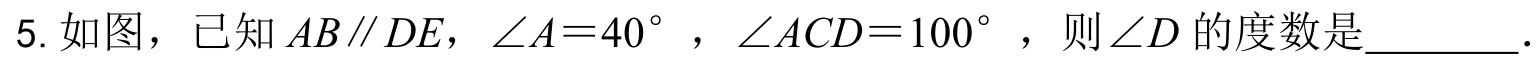
5. 如图，已知$AB\parallel DE$，$\angle A = 40^{\circ}$，$\angle ACD = 100^{\circ}$，则$\angle D$的度数是  ．